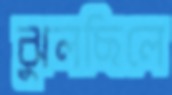
ঝুলছিলে